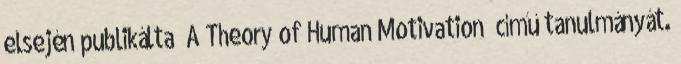
elsején publikálta „A Theory of Human Motivation” című tanulmányát.